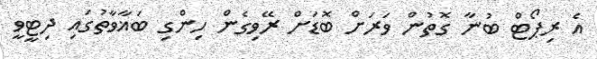
އެ ރިޕޯޓް ބުނާ ގޮތުން ވަރަށް ބޮޑަށް ރޭވިގެން ހިންގި ބަޣާވާތުގައި ދިޓީވީ